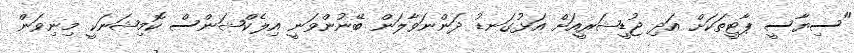
"ސިޔާސީ ޕާޓީތަކަށް އަދި ޖުޑީޝަރީއަށް އަޅުގަނޑު ދަންނަވާލަން ބޭނުންވަނީ އިލެކްޝަންސް ކޮމިޝަނަކީ މިނިވަން